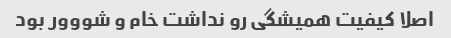
اصلا کیفیت همیشگی رو نداشت خام و شووور بود